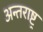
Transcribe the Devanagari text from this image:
अन्तराष्ट्र